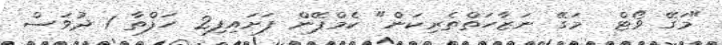
"މަގޭ ވޯޓް  މަގޭ ނަޒާހަތްތެރިކަން" ކެމްޕޭން ފަށައިފި2 ހަފްތާ 1 ދުވަސް